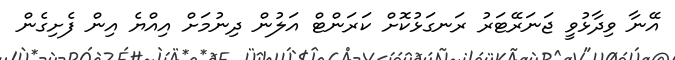
އޭނާ ވިދާޅުވީ ޖަނަރޭޓަރު ރަނގަޅުކޮށް ކަރަންޓް އަލުން ދިނުމަށް އިއްޔެ އިން ފެށިގެން